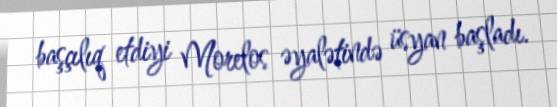
başçılıq etdiyi Morelos əyalətində üsyan başladı.